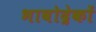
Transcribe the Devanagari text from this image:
भावोद्रेकों